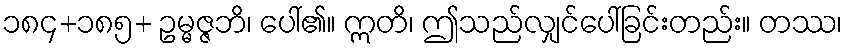
၁၈၄+၁၈၅+ ဥမ္မဇ္ဇဘိ၊ ပေါ်၏။ ဣတိ၊ ဤသည်လျှင်ပေါ်ခြင်းတည်း။ တဿ၊